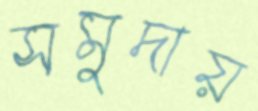
সমুদায়